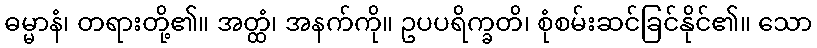
ဓမ္မာနံ၊ တရားတို့၏။ အတ္ထံ၊ အနက်ကို။ ဥပပရိက္ခတိ၊ စုံစမ်းဆင်ခြင်နိုင်၏။ သော